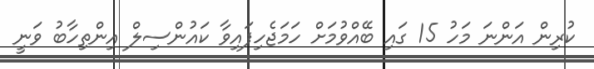
ކުރިން އަންނަ މަހު 15 ގައި ބޭއްވުމަށް ހަމަޖެހިފައިވާ ކައުންސިލް އިންތިހާބު ވަނީ